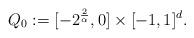
LaTeX: \begin{align*}Q_{0}:=[-2^{\frac{2}{\alpha}},0]\times[-1,1]^{d}.\end{align*}